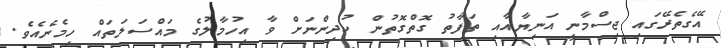
އޭގެތެރޭގައި ޖިސްމާނީ އަނިޔާއާއި ތަފާތު ގޮތްގޮތުން ކުދިންނަށް ވާ އިހުމާލުގެ މައްސަލަތައް ހިމެނެއެވެ.